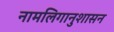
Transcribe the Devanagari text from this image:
नामलिगानुशासन